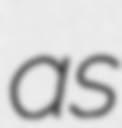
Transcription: as